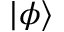
| \phi \rangle